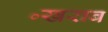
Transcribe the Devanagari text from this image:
॰खराब